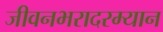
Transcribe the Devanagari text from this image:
जीवनभरादरम्यान